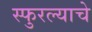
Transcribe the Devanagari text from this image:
स्फुरल्याचे